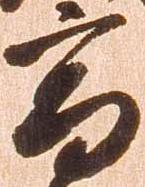
高